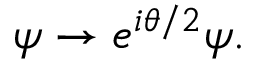
\psi \rightarrow e ^ { i \theta / 2 } \psi .